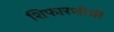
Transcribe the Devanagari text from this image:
शिफारशीची